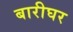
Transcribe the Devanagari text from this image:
बारीघर